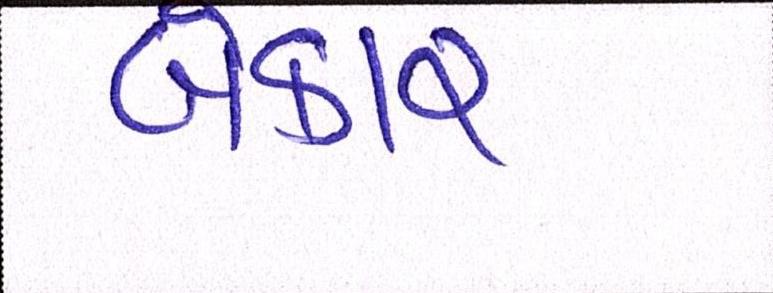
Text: બેકાર